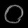
Digit: ၀